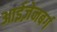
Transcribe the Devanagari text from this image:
आईज़ेनबर्ग